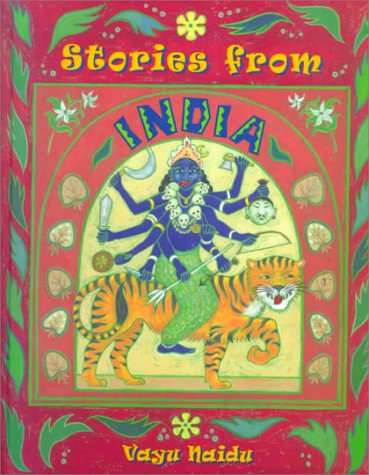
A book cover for Stories from India (Multicultural Stories); Vayu Naidu; Children's Books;